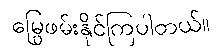
မြွေဖမ်းနိုင်ကြပါတယ်။